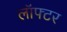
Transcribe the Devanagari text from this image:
लॉफ्टर